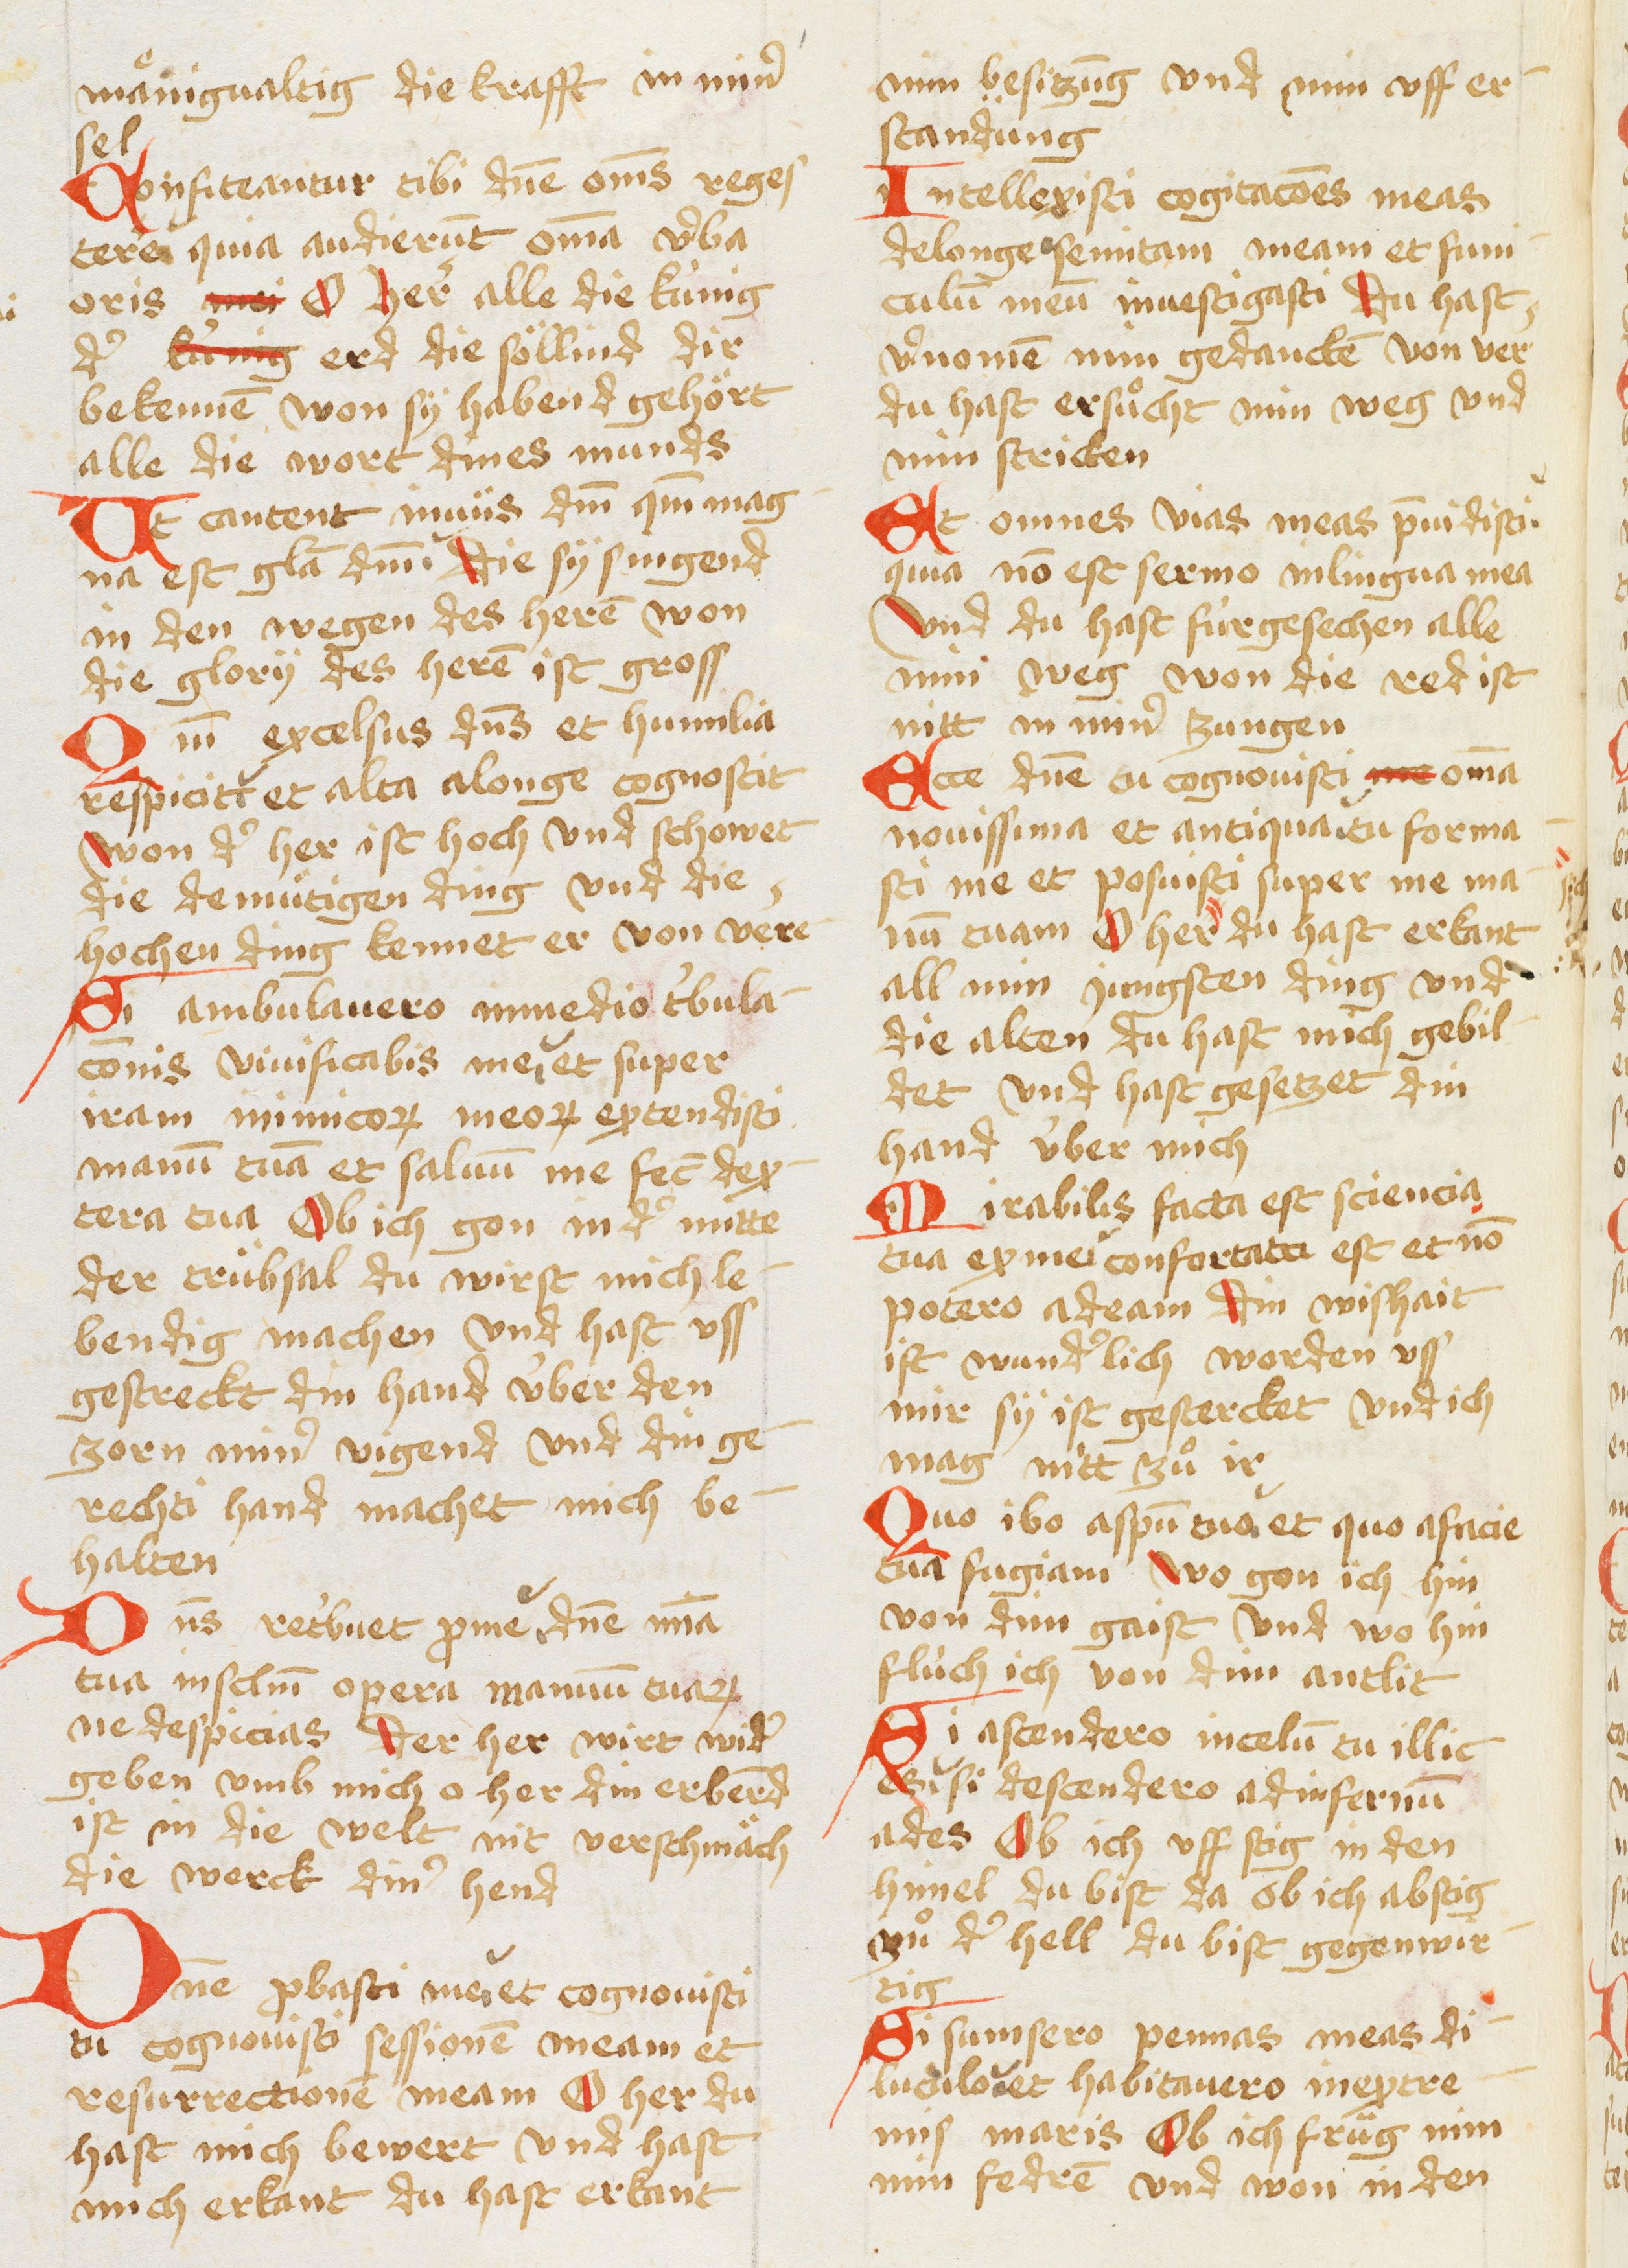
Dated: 1450–1499